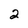
Character: 2